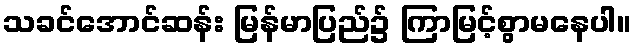
သခင်အောင်ဆန်း မြန်မာပြည်၌ ကြာမြင့်စွာမနေပါ။